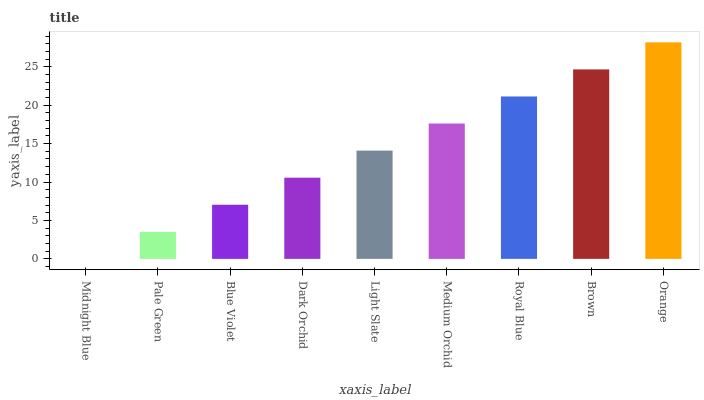
| xaxis_label | bars |
 | --- | --- |
 | Midnight Blue | 0 |
 | Pale Green | 3.52 |
 | Blue Violet | 7.05 |
 | Dark Orchid | 10.6 |
 | Light Slate | 14.1 |
 | Medium Orchid | 17.6 |
 | Royal Blue | 21.1 |
 | Brown | 24.7 |
 | Orange | 28.2 |